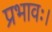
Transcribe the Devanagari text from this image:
प्रभावः।